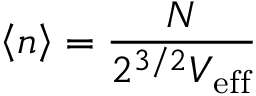
\left< n \right> = \frac { N } { 2 ^ { 3 / 2 } V _ { \mathrm { e f f } } }